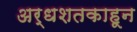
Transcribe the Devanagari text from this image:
अर्धशतकाहून